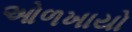
ઓળખાયો